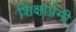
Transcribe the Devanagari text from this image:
शिक्षाप्रेमी